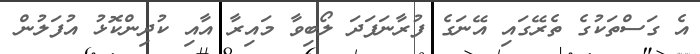
އެ ގަސްތަކުގެ ތެރޭގައި އޭނަގެ ފުރާނަފަދަ ލޯބިވާ މައިރާ އާއި ކުދިންކޮޅު އުފަލުން